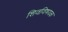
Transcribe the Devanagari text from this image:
शिवविषयक